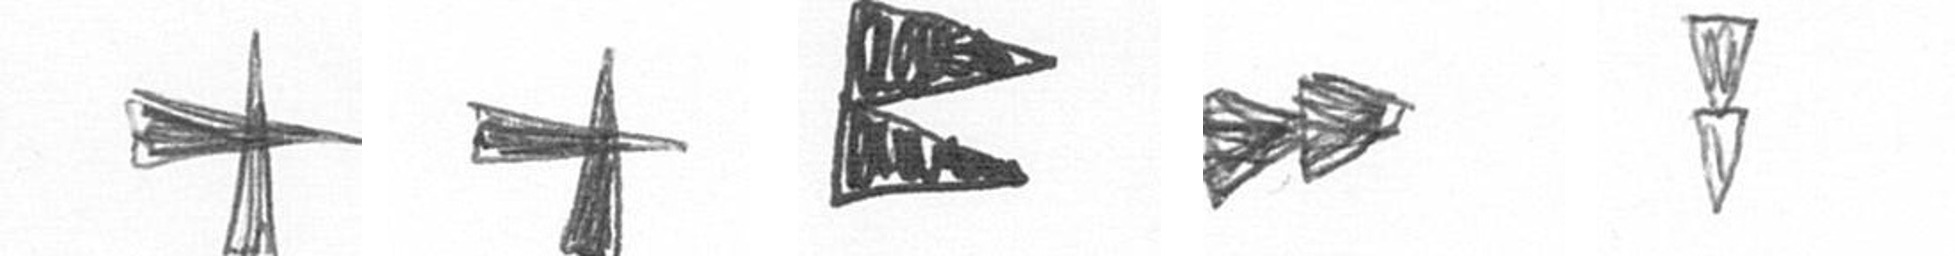
G G P A Z